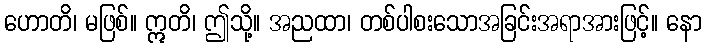
ဟောတိ၊ မဖြစ်။ ဣတိ၊ ဤသို့။ အညထာ၊ တစ်ပါစးသောအခြင်းအရာအားဖြင့်။ နော